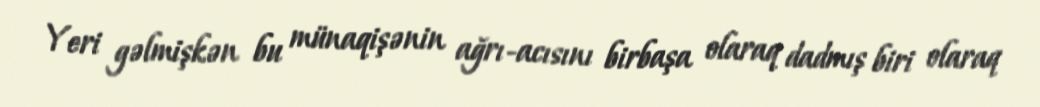
Yeri gəlmişkən bu münaqişənin ağrı-acısını birbaşa olaraq dadmış biri olaraq